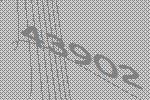
43902